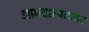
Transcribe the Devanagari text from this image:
आमदारपदावर